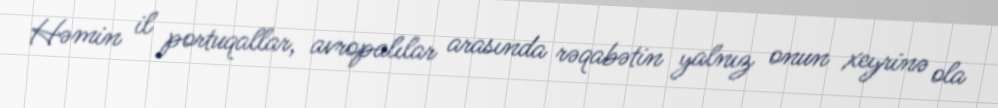
Həmin il portuqallar, avropalılar arasında rəqabətin yalnız onun xeyrinə ola